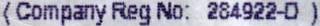
(COMPANY REG NO: 284922-D)